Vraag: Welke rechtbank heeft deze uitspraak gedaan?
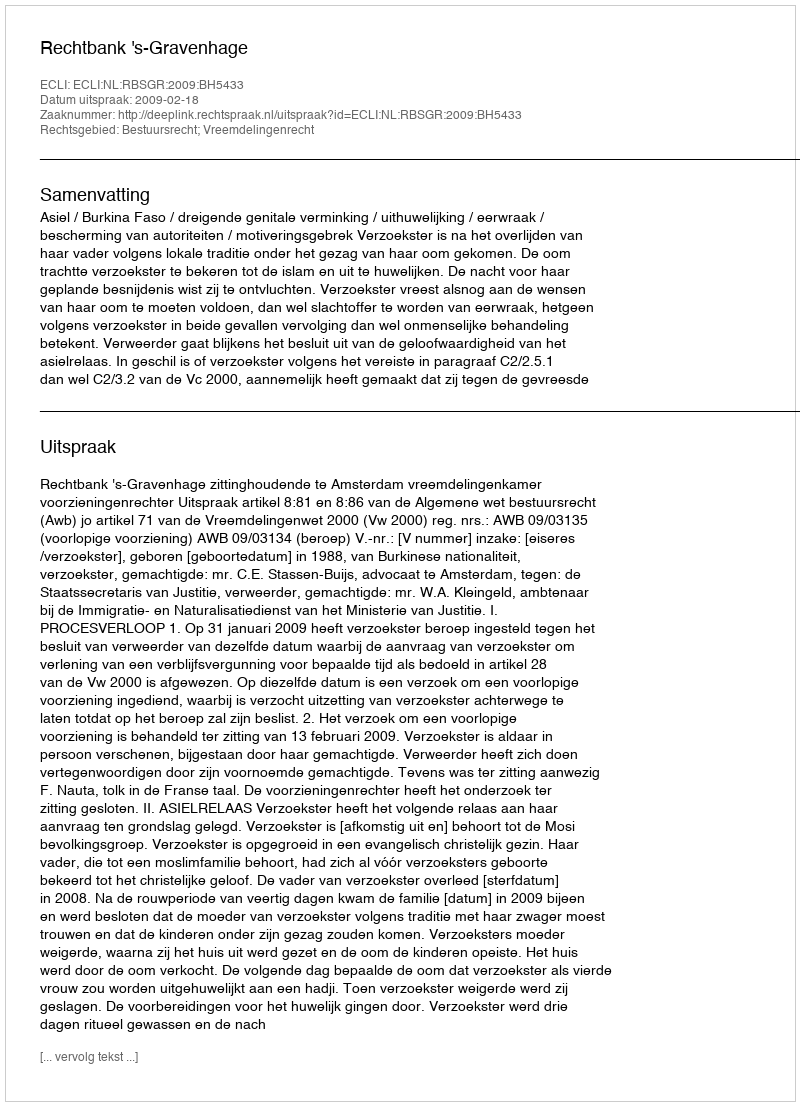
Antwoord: Rechtbank 's-Gravenhage